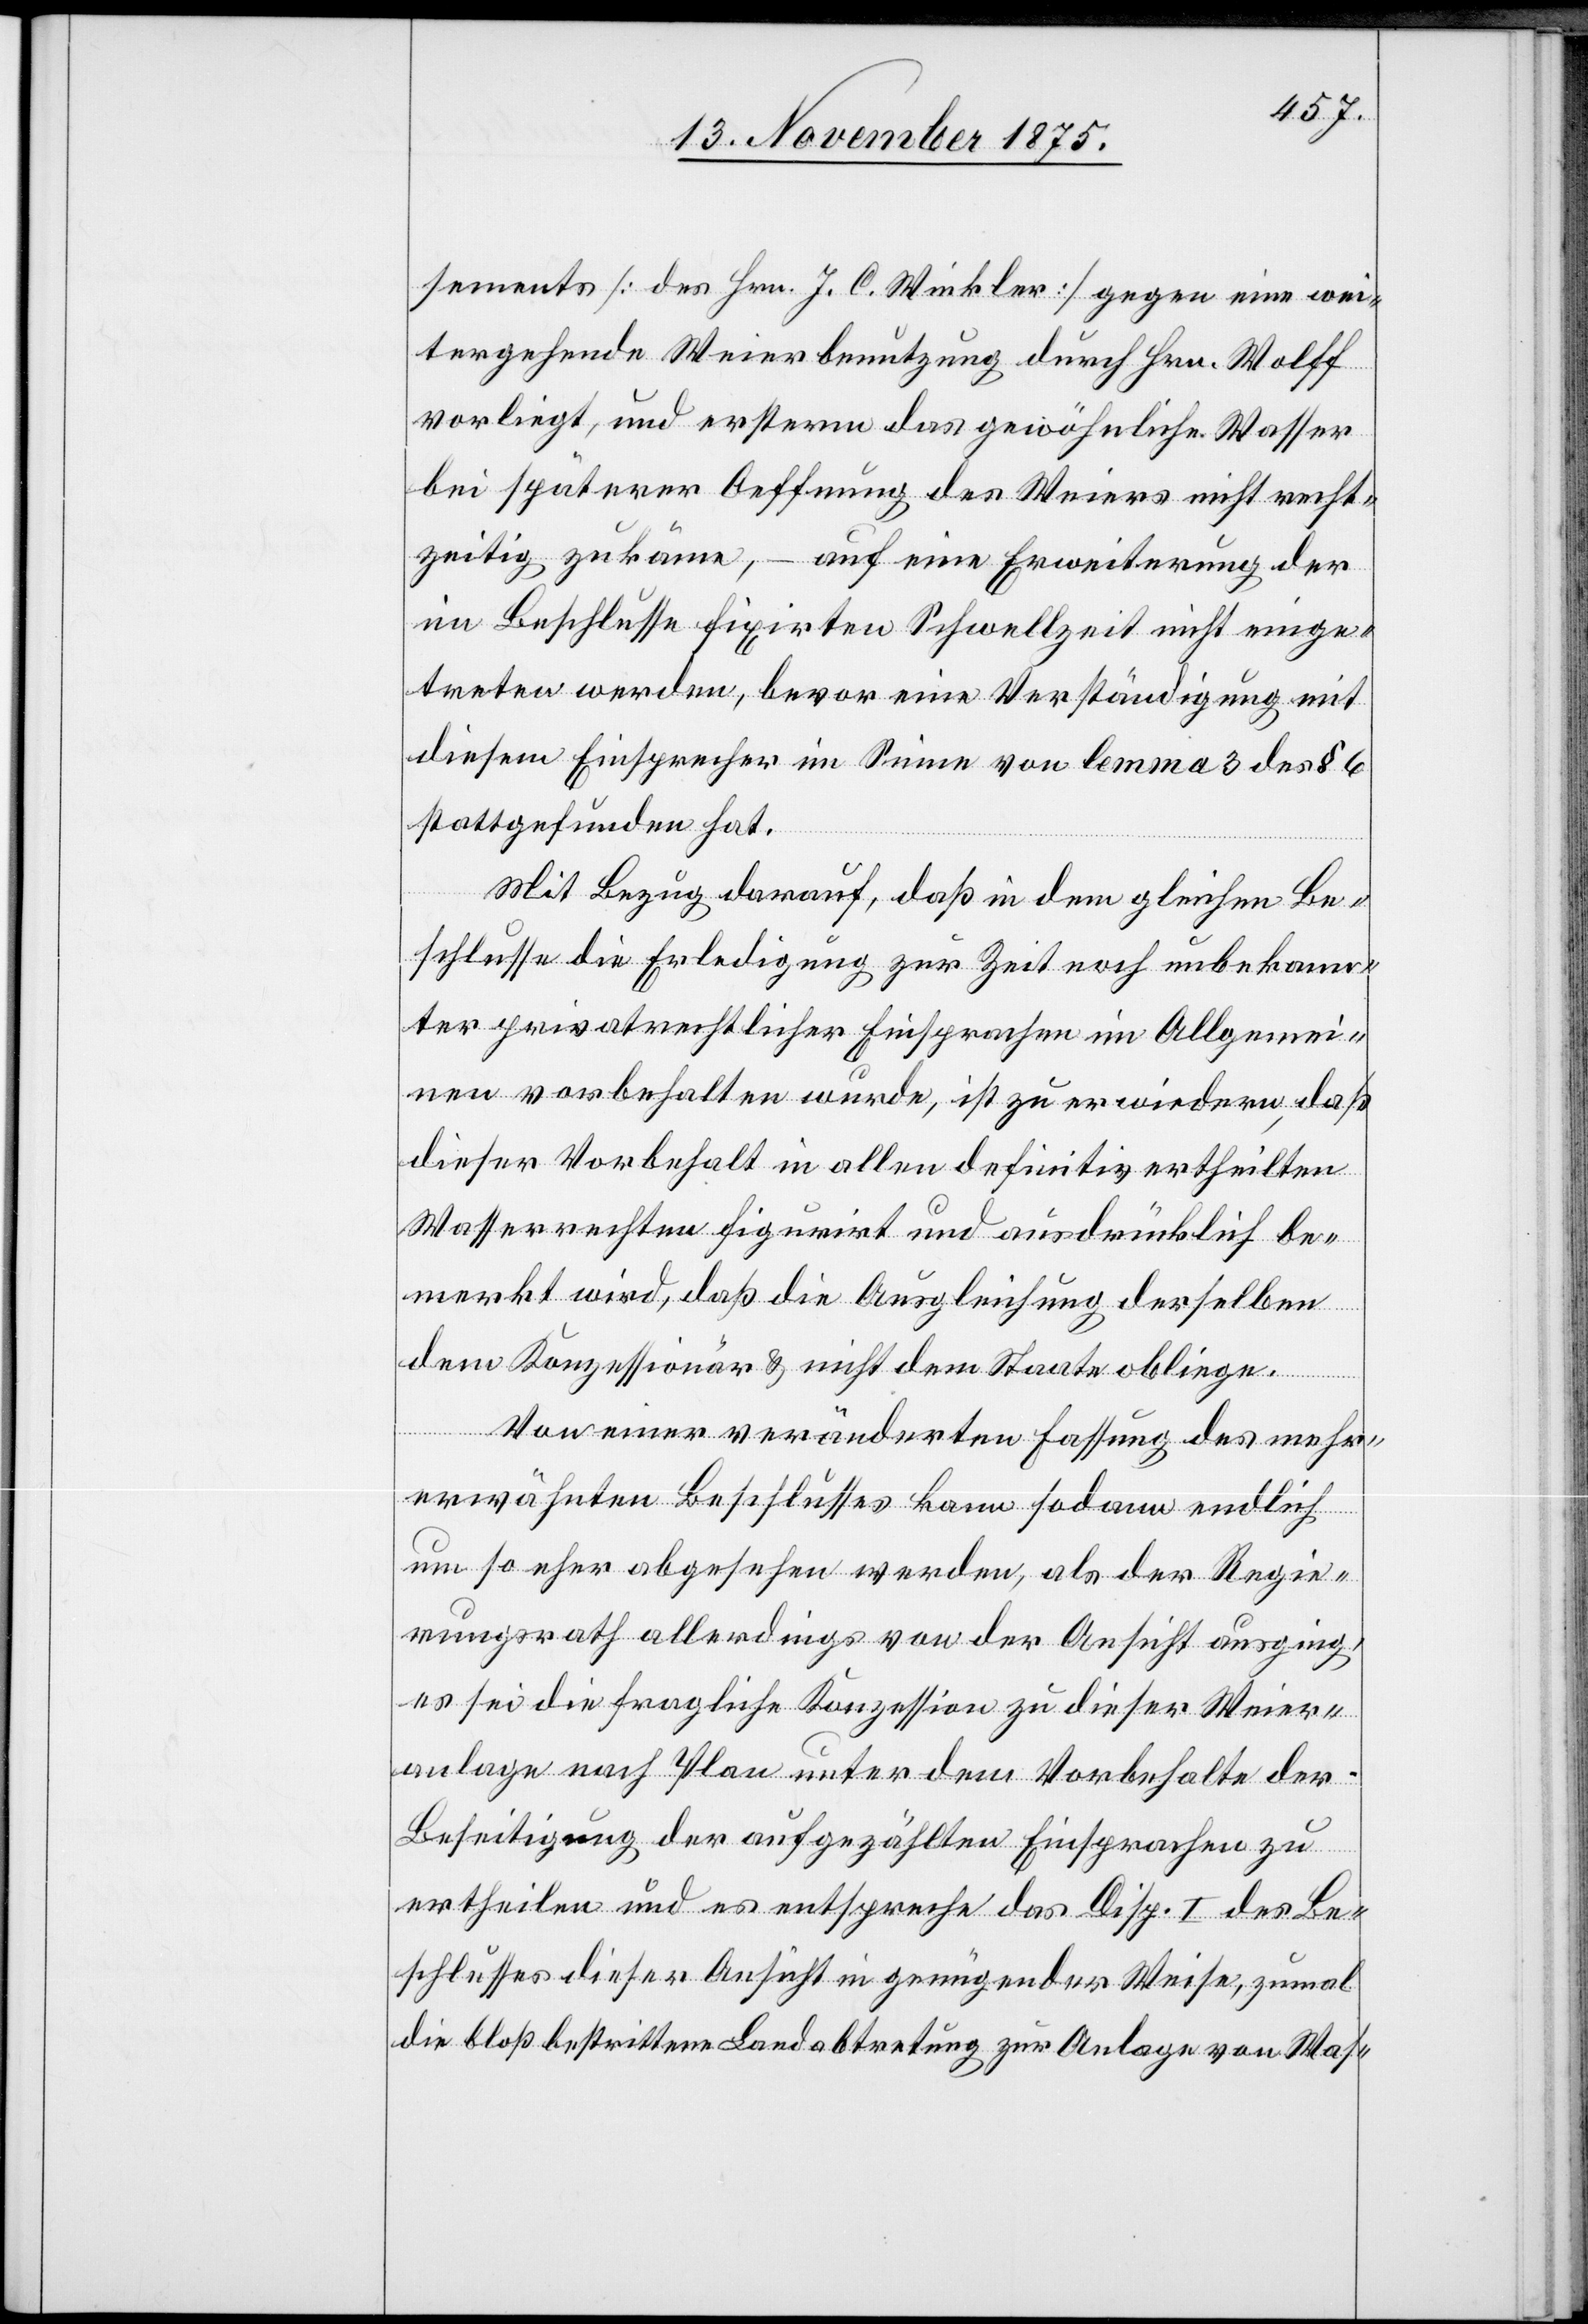
sements [des Hrn. J. C. Winkler] gegen eine wei¬
tergehende Weierbenutzung durch Hrn. Wolff
vorliegt, und ersterm das gewöhnliche Wasser
bei späterer Oeffnung des Weiers nicht recht¬
zeitig zukäme, – auf eine Erweiterung der
im Beschlusse fixirten Schwellzeit nicht einge¬
treten werden, bevor eine Verständigung mit
diesem Einsprecher im Sinne von lemma 3 des § 6
stattgefunden hat.
Mit Bezug darauf, daß in dem gleichen Be¬
schlusse die Erledigung zur Zeit unbekann¬
ter privatrechtlicher Einsprachen im Allgemei¬
nen vorbehalten wurde, ist zu erwiedern, daß
dieser Vorbehalt in allen definitiv ertheilten
Wasserrechten figurirt und ausdrücklich be¬
merkt wird, daß die Ausgleichung derselben
dem Konzessionär & nicht dem Staate obliege.
Von einer veränderten Fassung des mehr¬
erwähnten Beschlusses kann sodann endlich
um so eher abgesehen werden, als der Regie¬
rungsrath allerdings von der Ansicht ausging,
es sei die fragliche Konzession zu dieser Weier¬
anlage nach Plan unter dem Vorbehalte der
Beseitigung der aufgezählten Einsprachen zu
ertheilen und es entspreche das Disp. I des Be¬
schlusses dieser Ansicht in genügender Weise, zumal
die bloß bestrittene Landabtretung zur Anlage von Was-